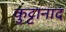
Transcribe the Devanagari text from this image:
कुट्टानाद